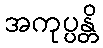
အကုပ္ပန္တိ